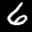
Label: 6